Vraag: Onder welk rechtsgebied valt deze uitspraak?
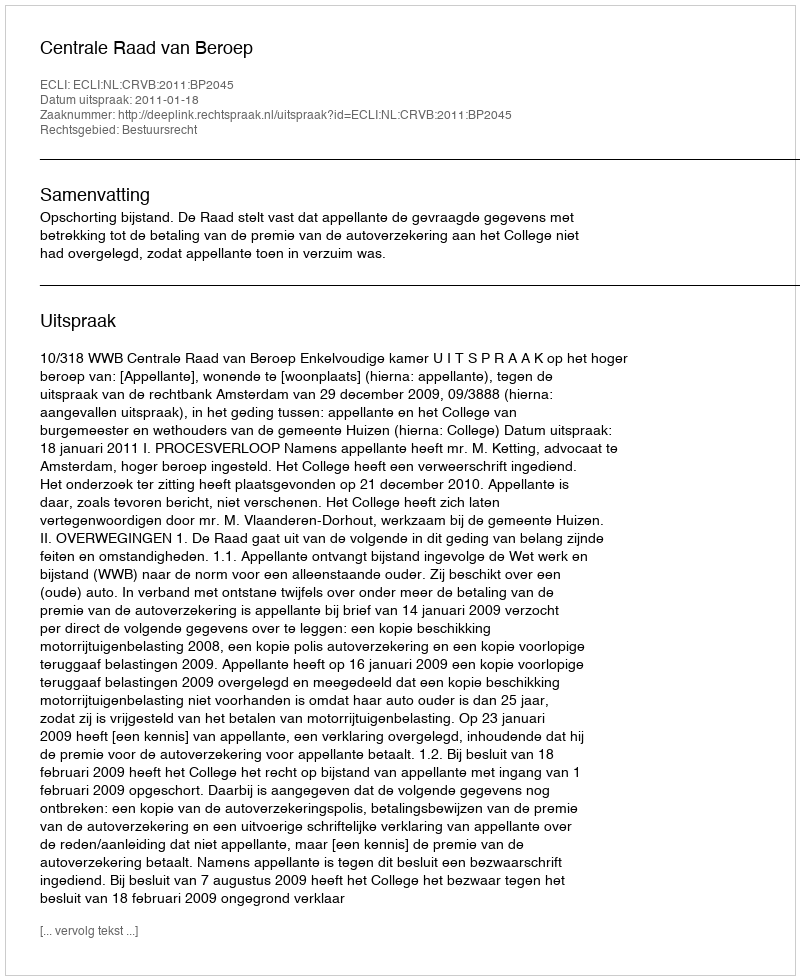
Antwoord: Bestuursrecht